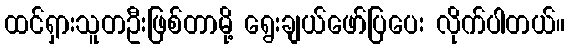
ထင်ရှားသူတဦးဖြစ်တာမို့ ရွေးချယ်ဖော်ပြပေး လိုက်ပါတယ်။